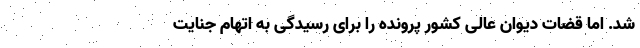
شد. اما قضات دیوان عالی کشور پرونده را برای رسیدگی به اتهام جنایت